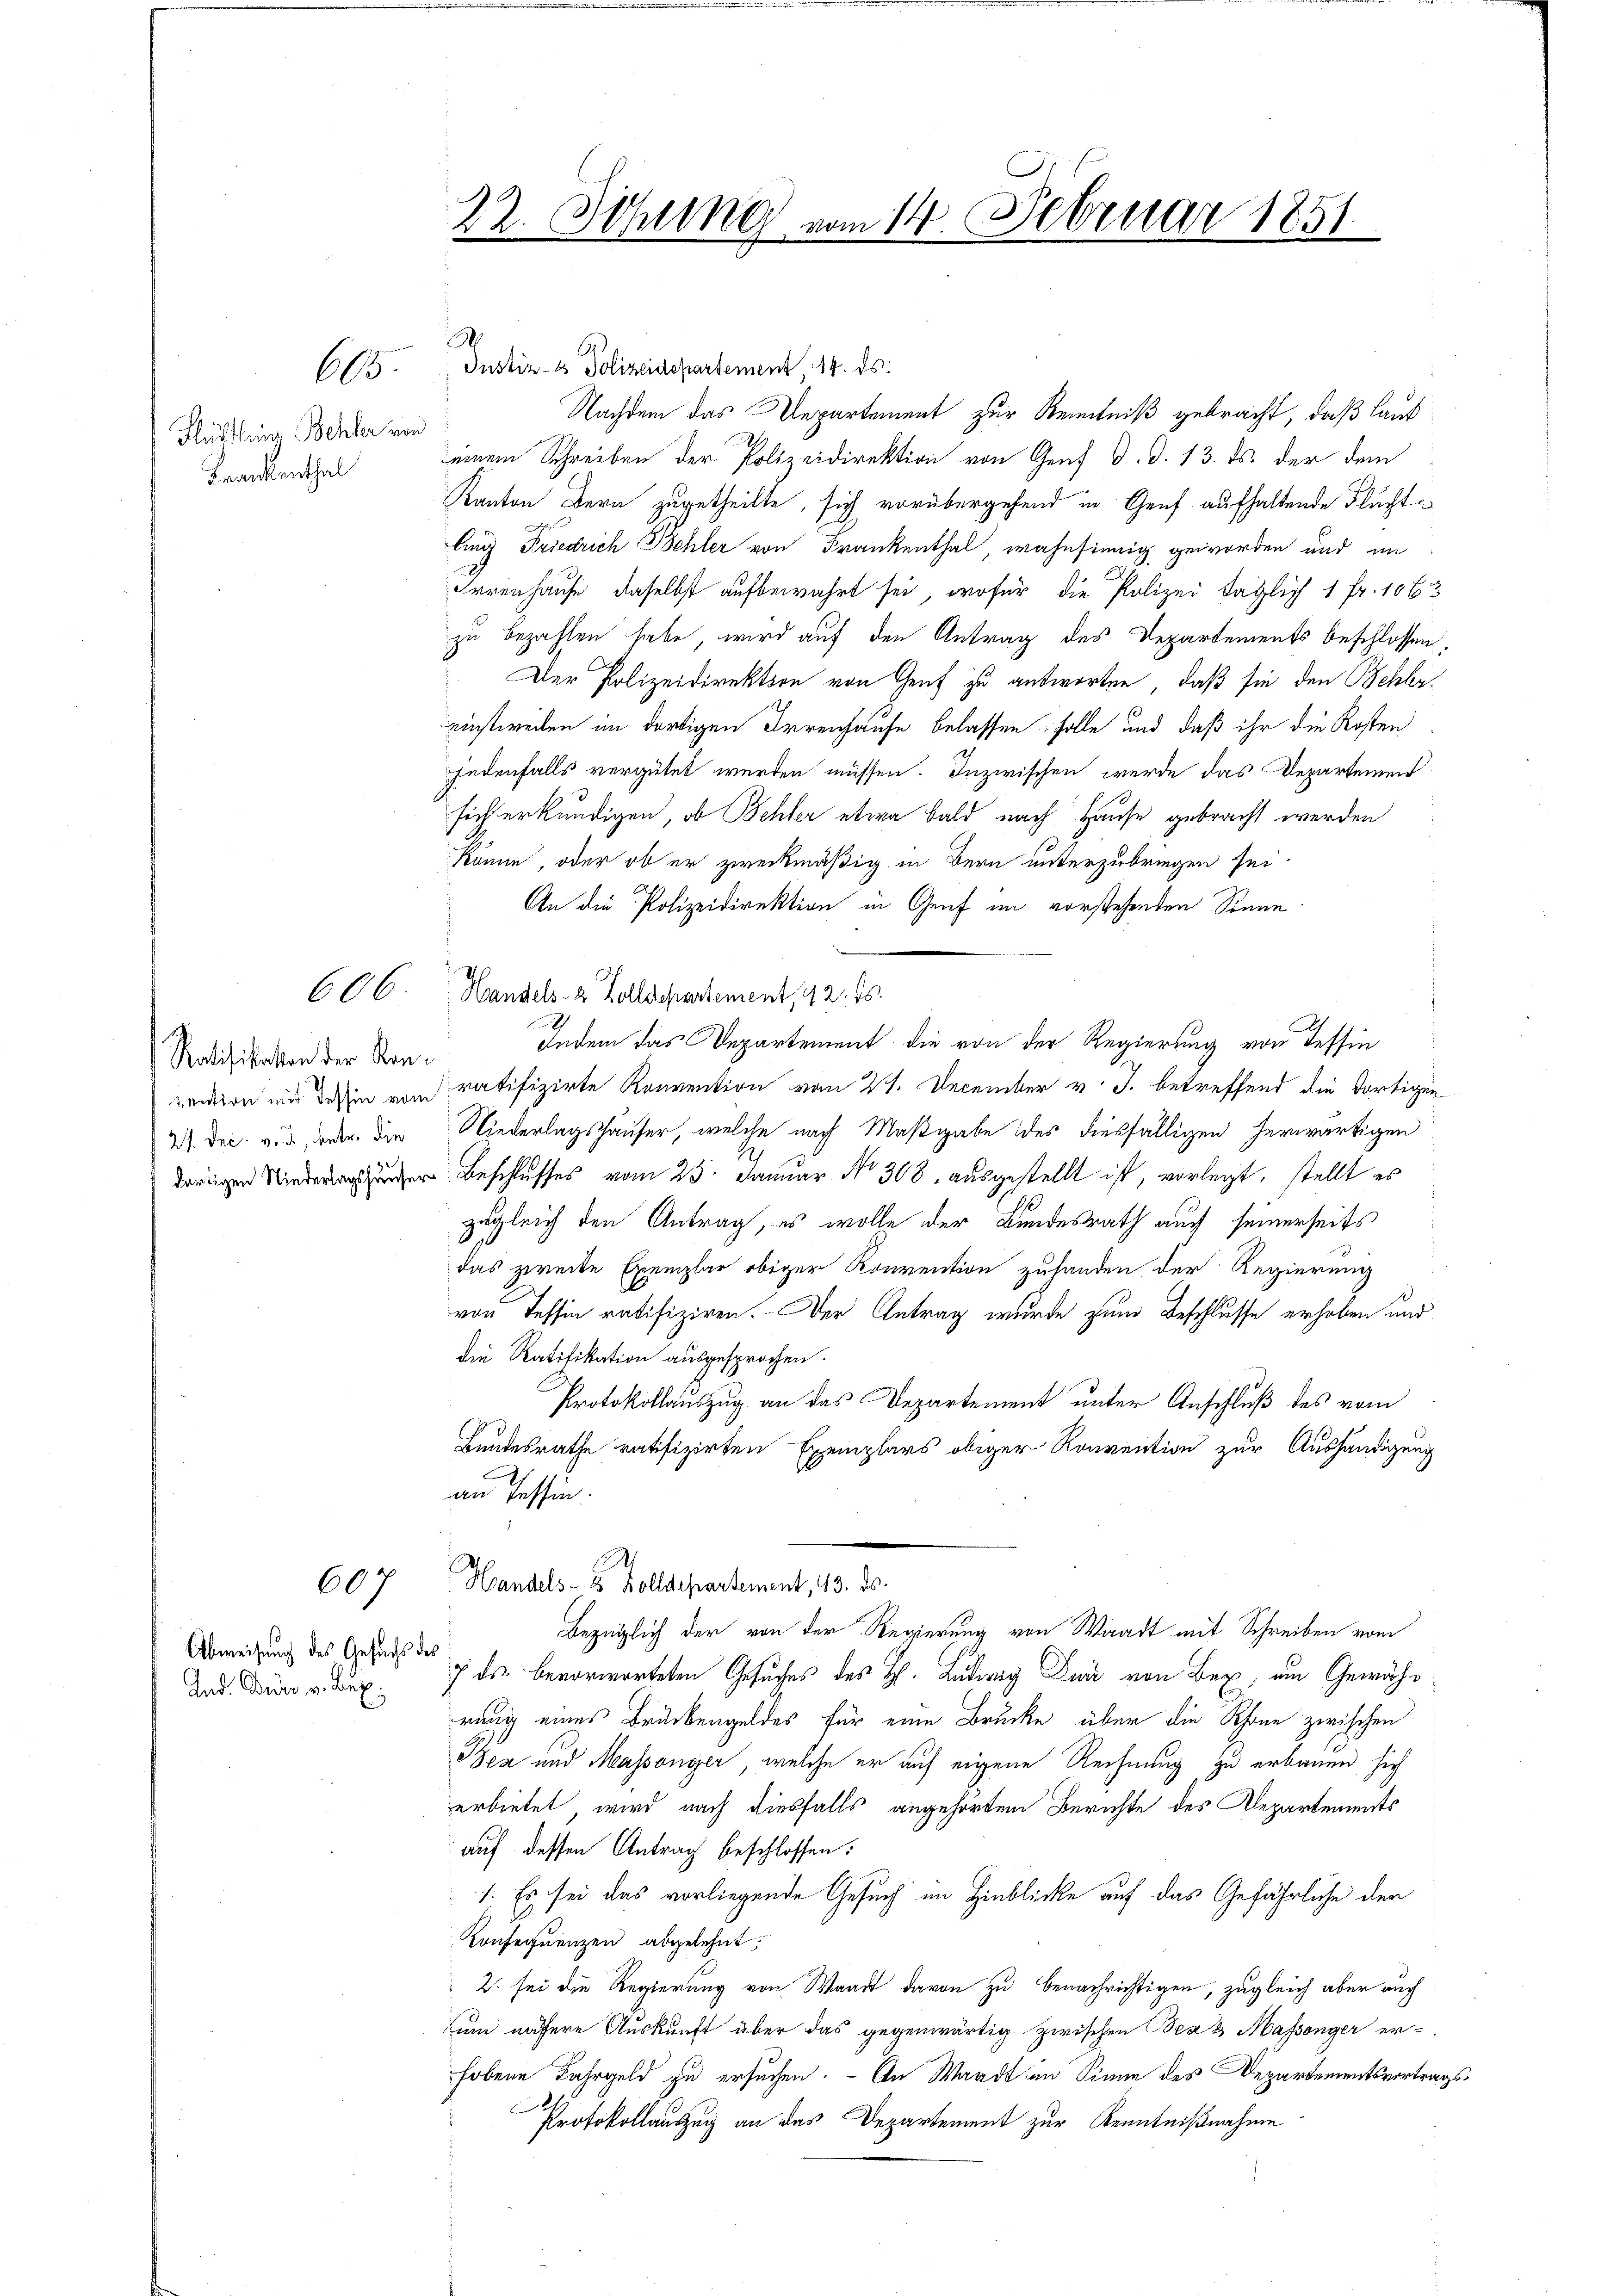
605.

Flürtlein Behler von
Frankenthal

Ratifikation der Kon¬
27. Dec. v. J., betr. die
2

607

Abweisung des Gesuchs des
And. Dürr v. Bux.

22 x
v. Sitzung vom 14. Februar 1851

.

Justiz- & Polizeidepartement, 14. ds.
Nachdem das Departement zur Kenntniß gebracht, daß laut
einem Schreiben der Polizeidirektion von Genf d. d. 13. ds. der dem
Kanton Bern zugetheilte, sich vorübergehend in Genf aufhaltende Fluchtlung Friedrich Behler von Frankenthal, wahnsinnig geworden und im
Irrenhause, daselbst aufbewahrt sei, wofür die Polizei täglich 1 Fr. 1063
zu bezahlen habe, wird auf den Antrag des Departements beschlossen,
Der Polizeidirektion von Genf zu antworten, daß sie den Behlereinstweilen im dortigen Irrenhause belassen. Folle und daß ihr die Kosten
jedenfalls vergütet werden müssen. Inzwischen werde das Departemen
sich erkundigen, ob Behler etwa bald nach Hause gebracht werden
könne, oder ob er zweckmäßig in Bern unterzubringen sei.
An die Polizeidirektion in Genf im vorstehenden Sinne
60 C. Handels- & Zolldepartement, 192. 15.
.
Indem das Departement die von der Regierung von Tessin
pention mir dahin von ratifizirte Konvention vom 21. December v. J. betreffend die dortigen
Niederlagshäuser, welche nach Maßgabe des diesfälligen herwärtigen
ge Beschlusses vom 25. Januar No 308. ausgestellt ist, vorlegt, stellt es
zugleich den Antrag, es wolle der Bundesrath auch seinerseits
das zweite Exemplar obiger Konvention zuhanden der Regierung
von Tessin ratifiziren. Der Antrag wurde zum Beschlusse erhoben und
die Ratifikation ausgesprochen.
Protokollauszug an das Departement unter Anschluß des vom
Bundesrathe ratifizirten Exemplars obiger Romention zur Aushändigung
an Tessin.
Handels- 8 Zolldepartement, 13. ds.
Bezüglich der von der Regierung von Waadt mit Schreiben vom
7 des bevorworteten Gesuches des H. Ludwig Der von Bex, ain Gewähr
rung eines Brückengeldes für eine Brücke über die Schöne zwischen
Bea und Massonier, welche er auf eigene Rechnung zu erbauen sich
erbietet wird nach diesfalls angehörten Berichte des Departements
auf dessen Antrag beschlossen:
1. Es sei das vorliegende Gesuch im Hinblicke auf das Gefährliche der
Konsequenzen abgelehnt,
2. sei die Regierung von Waadt davon zu benachrichtigen, zugleich aber auch
um nähere Auskunft über das gegenwärtig zwischen Bea & Massenger erhobene Fahrgeld zu ersuchen. - An Waadt im Sinne des Departementsvortrags
Protokollauszug an das Departement zur Kenntnißnahme